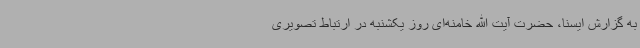
به گزارش ایسنا، حضرت آیت الله خامنه‌ای روز یکشنبه در ارتباط تصویری